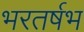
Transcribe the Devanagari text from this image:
भरतर्षभ